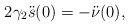
LaTeX: \begin{align*}2\gamma_2\ddot s(0) = -\ddot{\nu}(0),\end{align*}